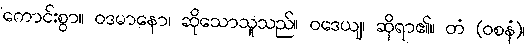
ကောင်းစွာ။ ဝဒမာနော၊ ဆိုသောသူသည်။ ဝဒေယျ၊ ဆိုရာ၏။ တံ (ဝစနံ)၊